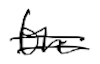
Text: the
Cross-out: double-line
Writing tool: digital_black